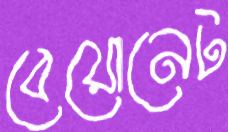
বেয়োনেট